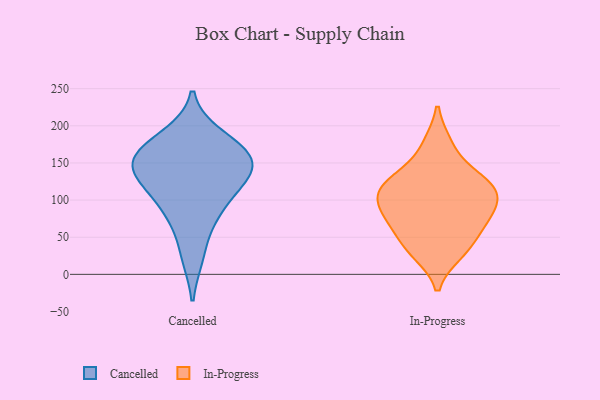
{"axis": {"x": "Page Views", "y": "Value"}, "legend": ["Cancelled", "In-Progress"], "data": [{"x": "", "y": 81, "type": "Cancelled"}, {"x": "", "y": 148, "type": "Cancelled"}, {"x": "", "y": 160, "type": "Cancelled"}, {"x": "", "y": 159, "type": "Cancelled"}, {"x": "", "y": 122, "type": "Cancelled"}, {"x": "", "y": 134, "type": "Cancelled"}, {"x": "", "y": 26, "type": "Cancelled"}, {"x": "", "y": 170, "type": "Cancelled"}, {"x": "", "y": 132, "type": "Cancelled"}, {"x": "", "y": 185, "type": "Cancelled"}, {"x": "", "y": 88, "type": "Cancelled"}, {"x": "", "y": 37, "type": "In-Progress"}, {"x": "", "y": 29, "type": "In-Progress"}, {"x": "", "y": 85, "type": "In-Progress"}, {"x": "", "y": 175, "type": "In-Progress"}, {"x": "", "y": 116, "type": "In-Progress"}, {"x": "", "y": 115, "type": "In-Progress"}, {"x": "", "y": 118, "type": "In-Progress"}, {"x": "", "y": 75, "type": "In-Progress"}, {"x": "", "y": 135, "type": "In-Progress"}, {"x": "", "y": 94, "type": "In-Progress"}, {"x": "", "y": 62, "type": "In-Progress"}]}